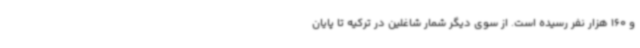
و 160 هزار نفر رسیده است. از سوی دیگر شمار شاغلین در ترکیه تا پایان